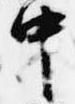
中